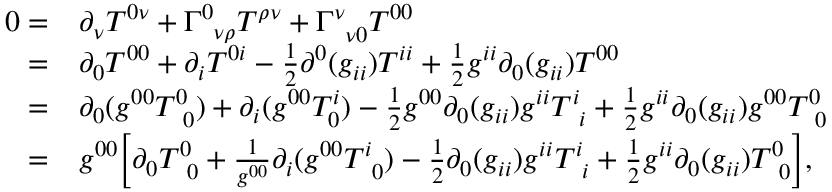
\begin{array} { r l } { 0 = } & { \partial _ { \nu } T ^ { 0 \nu } + \Gamma _ { \, \, \, \nu \rho } ^ { 0 } T ^ { \rho \nu } + \Gamma _ { \, \, \, \nu 0 } ^ { \nu } T ^ { 0 0 } } \\ { = } & { \partial _ { 0 } T ^ { 0 0 } + \partial _ { i } T ^ { 0 i } - \frac { 1 } { 2 } \partial ^ { 0 } ( g _ { i i } ) T ^ { i i } + \frac { 1 } { 2 } g ^ { i i } \partial _ { 0 } ( g _ { i i } ) T ^ { 0 0 } } \\ { = } & { \partial _ { 0 } ( g ^ { 0 0 } T _ { \, \, \, 0 } ^ { 0 } ) + \partial _ { i } ( g ^ { 0 0 } T _ { 0 } ^ { i } ) - \frac { 1 } { 2 } g ^ { 0 0 } \partial _ { 0 } ( g _ { i i } ) g ^ { i i } T _ { \, \, \, i } ^ { i } + \frac { 1 } { 2 } g ^ { i i } \partial _ { 0 } ( g _ { i i } ) g ^ { 0 0 } T _ { \, \, \, 0 } ^ { 0 } } \\ { = } & { g ^ { 0 0 } \bigg [ \partial _ { 0 } T _ { \, \, \, 0 } ^ { 0 } + \frac { 1 } { g ^ { 0 0 } } \partial _ { i } ( g ^ { 0 0 } T _ { \, \, \, 0 } ^ { i } ) - \frac { 1 } { 2 } \partial _ { 0 } ( g _ { i i } ) g ^ { i i } T _ { \, \, \, i } ^ { i } + \frac { 1 } { 2 } g ^ { i i } \partial _ { 0 } ( g _ { i i } ) T _ { \, \, \, 0 } ^ { 0 } \bigg ] , } \end{array}